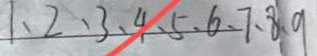
1 、 2 、 3 、 4 、 5 、 6 、 7 、 8 、 9